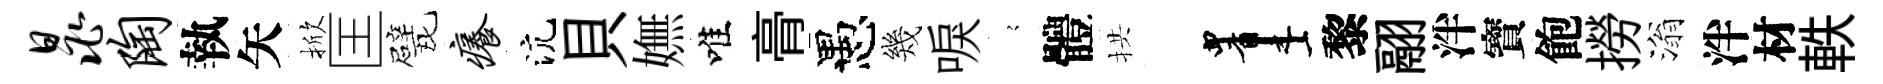
晁陶執矢掀匡戏痒沆貝嫵唯𮌔愚幾唳𡪹體拱画黎翮泮寳飽撈滃泮材軼